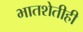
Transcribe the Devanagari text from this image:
भातशेतीही